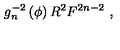
g _ { n } ^ { - 2 } \left( \phi \right) R ^ { 2 } F ^ { 2 n - 2 } \ ,